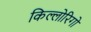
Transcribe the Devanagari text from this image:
किल्लोरिगो